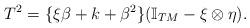
LaTeX: \begin{align*} T^2=\{\xi\beta+k+\beta^2\}(\mathbb I_{TM}- \xi\otimes \eta).\end{align*}